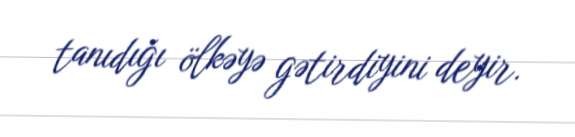
tanıdığı ölkəyə gətirdiyini deyir.